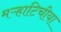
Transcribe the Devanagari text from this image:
मऱ्हाटिचीया